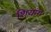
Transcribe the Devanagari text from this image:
शियांग